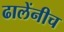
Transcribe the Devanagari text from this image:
ढालेंनीच